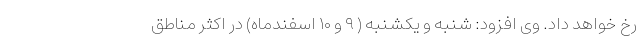
رخ خواهد داد. وی افزود: شنبه و یکشنبه ( ۹ و ۱۰ اسفندماه) در اکثر مناطق